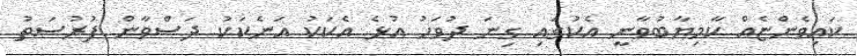
ކައިވެންޏެއް ކާމިޔާބުވާނީ އެކުގައި ގިނަ ދުވަހު އުޅެ އެކަކު އަނެކަކު ދަސްވާން ފުރުސަތު